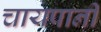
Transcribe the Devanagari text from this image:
चायपानी